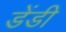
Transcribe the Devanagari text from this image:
डेंडी